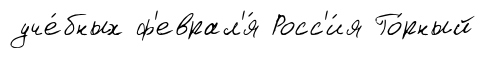
уче́бных ф'еврал'я́ Росс'и́я Го́рный